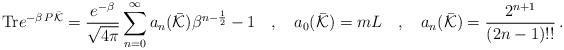
LaTeX: \begin{align*}{\rm Tr} e^{-\beta \, P \bar{\cal K}}=\frac{e^{-\beta}}{\sqrt{4\pi}}\sum_{n=0}^\infty a_n(\bar{\cal K})\beta^{n-\frac{1}{2}}-1 \hspace{0.4cm}, \hspace{0.4cm}a_0(\bar{\cal K})=m L \hspace{0.4cm}, \hspace{0.4cm}a_{n}(\bar{\cal K})=\frac{2^{n+1}}{(2n-1)!!}\,.\end{align*}